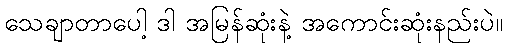
သေချာတာပေါ့ ဒါ အမြန်ဆုံးနဲ့ အကောင်းဆုံးနည်းပဲ။